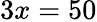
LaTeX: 3x=50